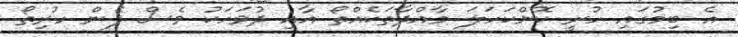
އެ ބިމުގައި ހުރީ ކޮންކަހަލަ މާއްދާތަކެއްތޯ އާއި ދުވަހަކު ވެސް ފެން ހުރިތޯ